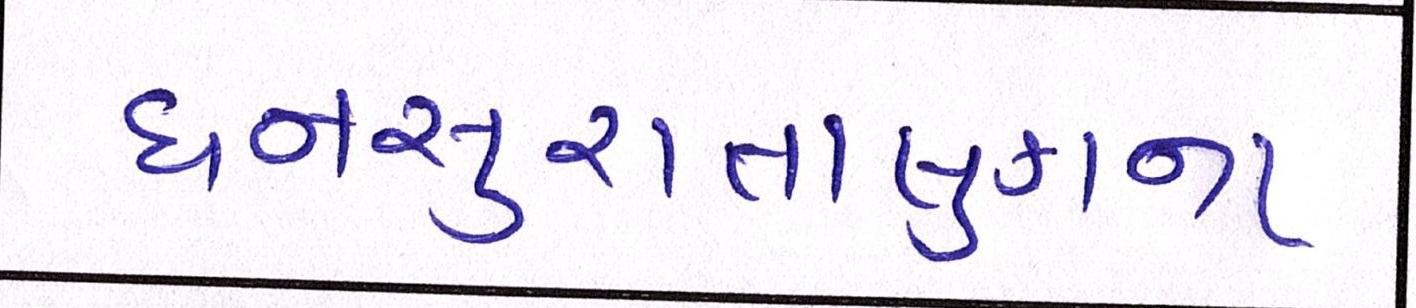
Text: ધનસુરાતાલુકાના